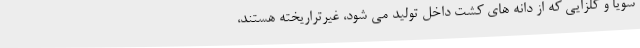
سویا و کلزایی که از دانه های کشت داخل تولید می شود، غیرتراریخته هستند،